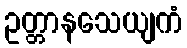
ဥတ္တာနသေယျကံ